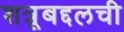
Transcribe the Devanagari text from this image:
शत्रूबद्दलची